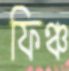
ফিঞ্চ